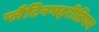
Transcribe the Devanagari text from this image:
प्लैटिनमइरीडियम